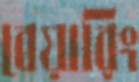
বেয়ারিং